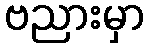
ဗညားမှာ